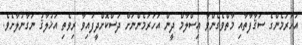
އަހަރަމެންގެ ސަޤާފާތާއި މާތްވެގެންވާ އިސްލާމް ދީން އަހަރަމެންނަށް ދަސްކޮށްދީފައިވާ ރިވެތި އަޚުލާޤު ނަގާނުލާށެވެ.